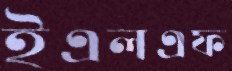
ইএলএফ